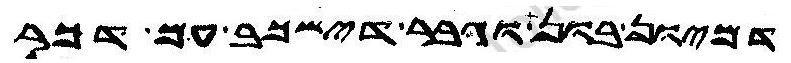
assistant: דמיון בון וגבר דישכב עם דכר